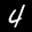
Label: 4